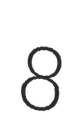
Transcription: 8